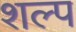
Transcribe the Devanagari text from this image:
शल्प